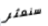
سنعثر